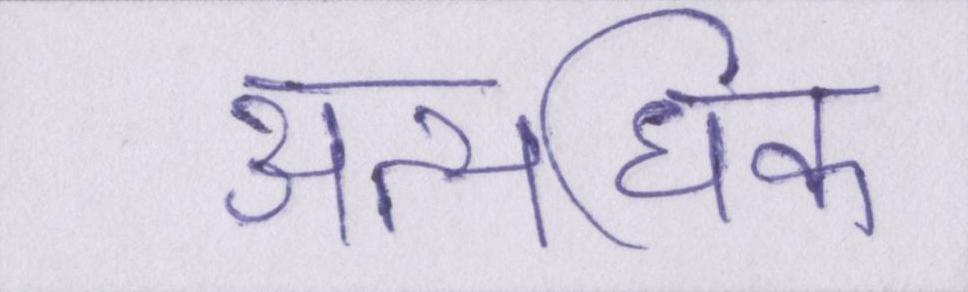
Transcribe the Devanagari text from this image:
अत्यधिक